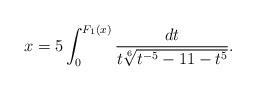
LaTeX: \begin{align*}x=5\int^{F_1(x)}_{0}\frac{dt}{t\sqrt[6]{t^{-5}-11-t^5}}.\end{align*}